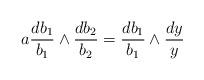
LaTeX: \begin{align*} a \frac{d b_1}{b_1} \wedge \frac{d b_2}{b_2} = \frac{d b_1}{b_1} \wedge \frac{d y}{y}\end{align*}